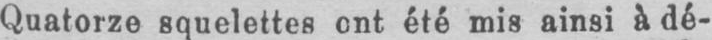
Quatorze squelettes ont été mis ainsi à dé-